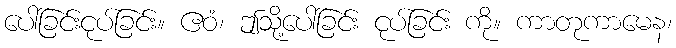
ပေါ်ခြင်းငုပ်ခြင်း။ ဧဝံ၊ ဤသို့ပေါ်ခြင်း ငုပ်ခြင်း ကို။ ကာတုကာမေန၊